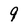
Character: 9